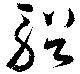
輶